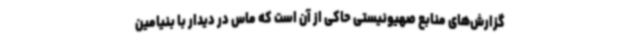
گزارش‌های منابع صهیونیستی حاکی از آن است که ماس در دیدار با بنیامین